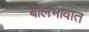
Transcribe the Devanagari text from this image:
बालभावात